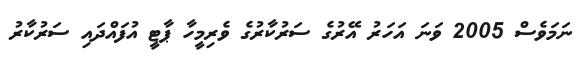
ނަމަވެސް 2005 ވަނަ އަހަރު އޭރުގެ ސަރުކާރުގެ ވެރިމީހާ ޕާޓީ އުފައްދައި ސަރުކާރު